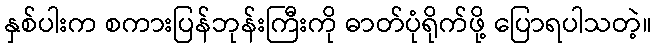
နှစ်ပါးက စကားပြန်ဘုန်းကြီးကို ဓာတ်ပုံရိုက်ဖို့ ပြောရပါသတဲ့။